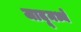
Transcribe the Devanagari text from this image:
जादूमध्ये